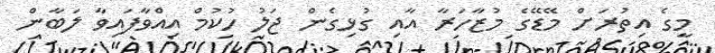
މީގެ އިތުރަށް މޭޑޭގެ މުޒާހަރާ އާއި ގުޅިގެން ޖަލު ހުކުމް އިއްވާފައިވާ ލަބާން